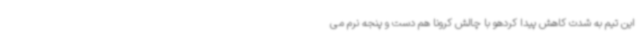
این تیم به شدت کاهش پیدا کردهو با چالش کرونا هم دست و پنجه نرم می